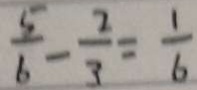
\frac { 5 } { 6 } - \frac { 2 } { 3 } = \frac { 1 } { 6 }